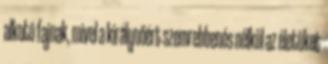
alkotó fajnak, mivel a királynőért szemrebbenés nélkül az életüket